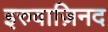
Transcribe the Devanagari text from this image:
इरुवाज़िनद